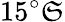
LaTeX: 15^{\circ}\mathfrak{S}